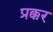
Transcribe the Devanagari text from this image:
प्रक्कर